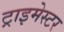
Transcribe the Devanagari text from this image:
ट्राइमेस्टर